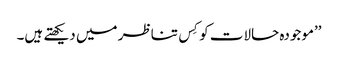
’’موجودہ حالات کو کِس تناظر میں دیکھتے ہیں۔